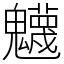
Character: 𩴾